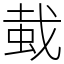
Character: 蛓